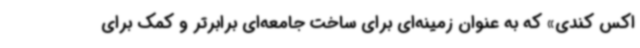
اکس کندی» که به عنوان زمینه‌ای برای ساخت جامعه‌ای برابرتر و کمک برای